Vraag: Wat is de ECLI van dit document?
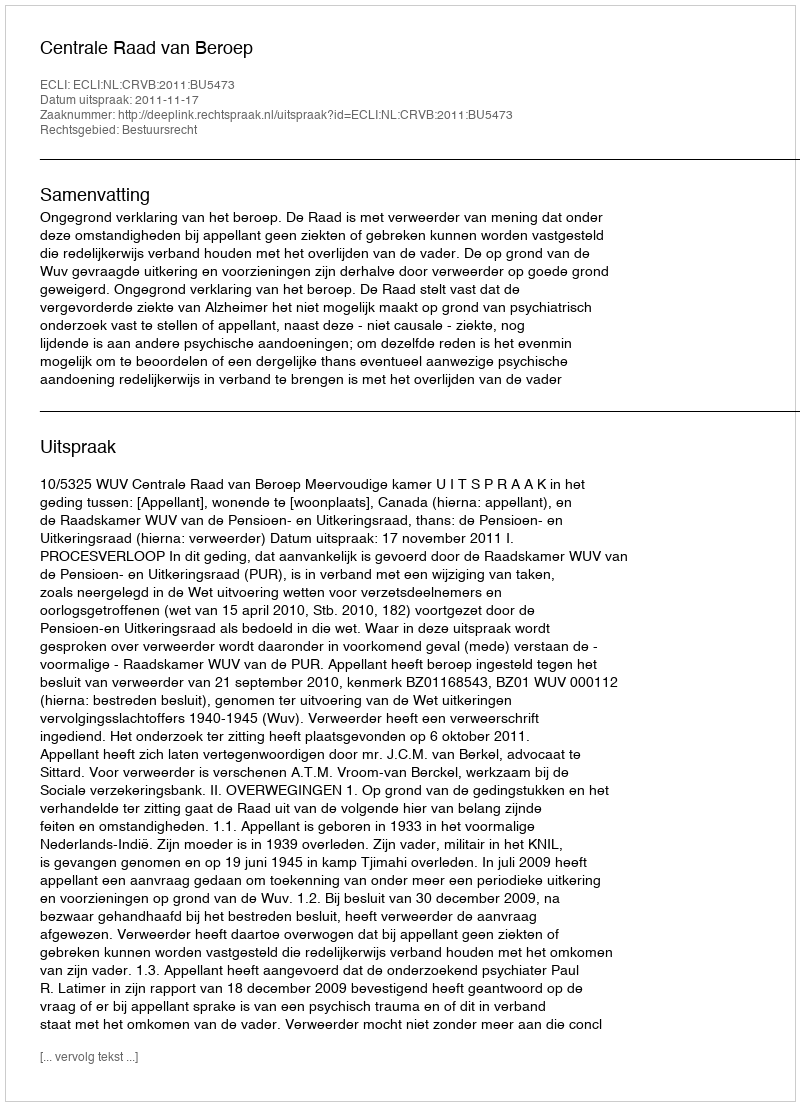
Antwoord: ECLI:NL:CRVB:2011:BU5473